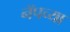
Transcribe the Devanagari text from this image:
नॅपच्या